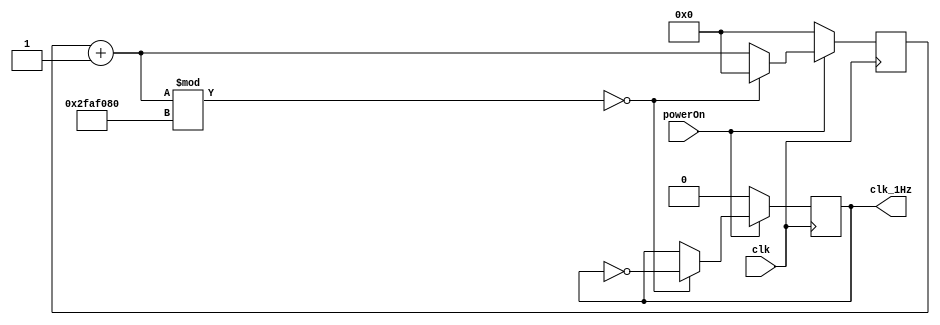
`timescale 1ns / 1ps
module divide(powerOn, clk, clk_1Hz);
	input powerOn, clk;
	output reg clk_1Hz;
	reg [31:0] counter;
	parameter N = 50_000_000;
	initial begin 
		clk_1Hz = 0;
		counter = 0;
	end
	always @(posedge clk)begin
		if(powerOn)begin
			counter = counter+1;
			if(counter%N == 0)begin
				clk_1Hz <= ~clk_1Hz;
				counter <= 0;
			end
		end
		else begin
			clk_1Hz <= 0;
			counter <= 0;
		end
	end
	
endmodule